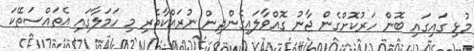
މުޅި ގައިގައި ބޮން ހަރުކޮށްގެން ޖާނު ގޮއްވާލައިގެންދިން ނުރައްކާތެރި މި ހަމަލާގައި އެތައްސަތޭކަ